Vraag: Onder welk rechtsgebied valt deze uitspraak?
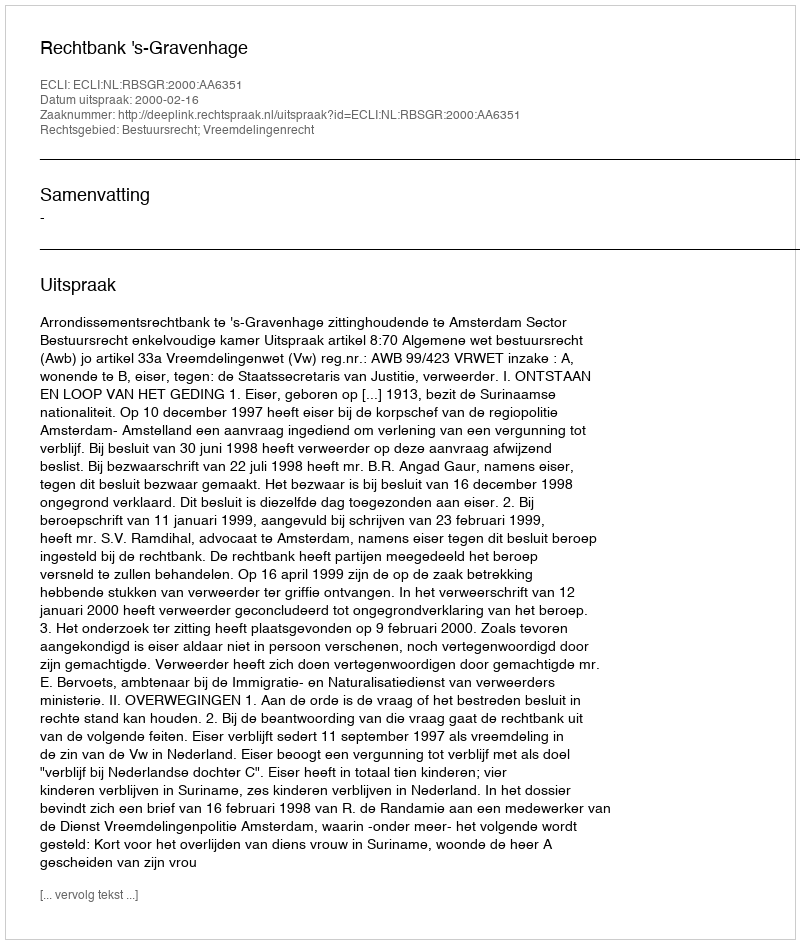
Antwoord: Bestuursrecht; Vreemdelingenrecht